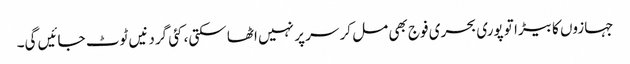
جہازوں کا بیڑا تو پوری بحری فوج بھی مل کر سر پر نہیں اٹھا سکتی، کئی گردنیں ٹوٹ جائیں گی۔